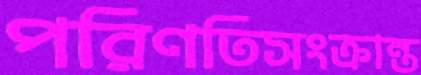
পরিণতিসংক্রান্ত